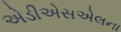
એડીએસએલના